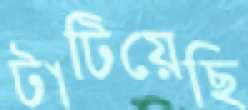
টাটিয়েছি